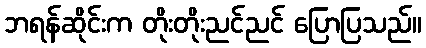
ဘရန်ဆိုင်းက တိုးတိုးညင်ညင် ပြောပြသည်။